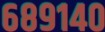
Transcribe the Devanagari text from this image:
६८९१४०